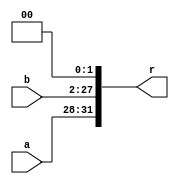
`timescale 1ns / 1ps
module connect(
    input [3:0]  a,
    input [25:0] b,
    output [31:0] r
    );
    assign r = { a, b, 2'b00 };
endmodule